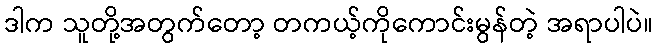
ဒါက သူတို့အတွက်တော့ တကယ့်ကိုကောင်းမွန်တဲ့ အရာပါပဲ။